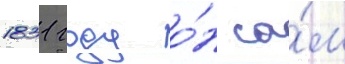
1831 году о́н са́м